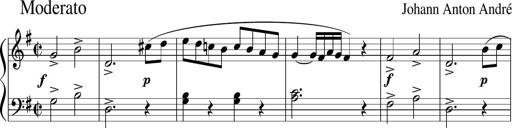
Title: 6 Progressive Sonatinas
Composer: Johann Anton AndrÃ©